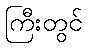
ကြီးတွင်